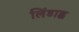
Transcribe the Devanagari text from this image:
लिंडाह्ल